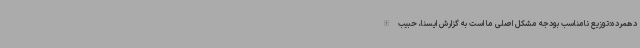
دهمرده:توزیع نامناسب بودجه مشکل اصلی ما است به گزارش ایسنا، حبیب الله